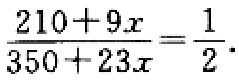
$\frac{210 + 9x}{350 + 23x}=\frac{1}{2}.$